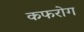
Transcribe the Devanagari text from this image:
कफरोग